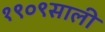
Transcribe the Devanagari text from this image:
१९०९साली